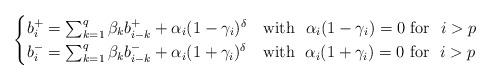
LaTeX: \begin{align*}\begin{cases}b_i^+=\sum_{k=1}^q \beta_k b_{i-k}^+ + \alpha_i (1-\gamma_i)^\delta \ \ \ \mbox{with $\ \alpha_i (1-\gamma_i)=0 $ for \ $i>p$}\\b_i^-=\sum_{k=1}^q \beta_k b_{i-k}^- + \alpha_i (1+\gamma_i)^\delta \ \ \ \mbox{with $\ \alpha_i (1+\gamma_i)=0$ for \ $i>p$}\end{cases}\end{align*}